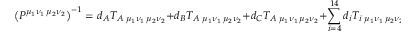
\left( P ^ { \mu _ { 1 } \nu _ { 1 } \, \mu _ { 2 } \nu _ { 2 } } \right) ^ { - 1 } = d _ { A } { \cal T } _ { A \; { \mu _ { 1 } \nu _ { 1 } \, \mu _ { 2 } \nu _ { 2 } } } + d _ { B } { \cal T } _ { A \; { \mu _ { 1 } \nu _ { 1 } \, \mu _ { 2 } \nu _ { 2 } } } + d _ { C } { \cal T } _ { A \; { \mu _ { 1 } \nu _ { 1 } \, \mu _ { 2 } \nu _ { 2 } } } + \sum _ { i = 4 } ^ { 1 4 } d _ { i } T _ { i \; { \mu _ { 1 } \nu _ { 1 } \, \mu _ { 2 } \nu _ { 2 } } }